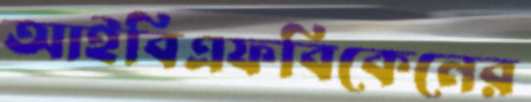
আইবিএফবিকেনের